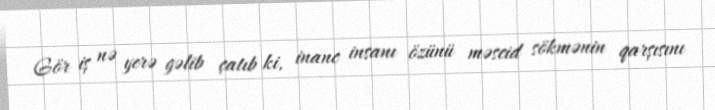
Gör iş nə yerə gəlib çatıb ki, inanc insanı özünü məscid sökmənin qarşısını